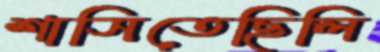
শাসিতেছিলি